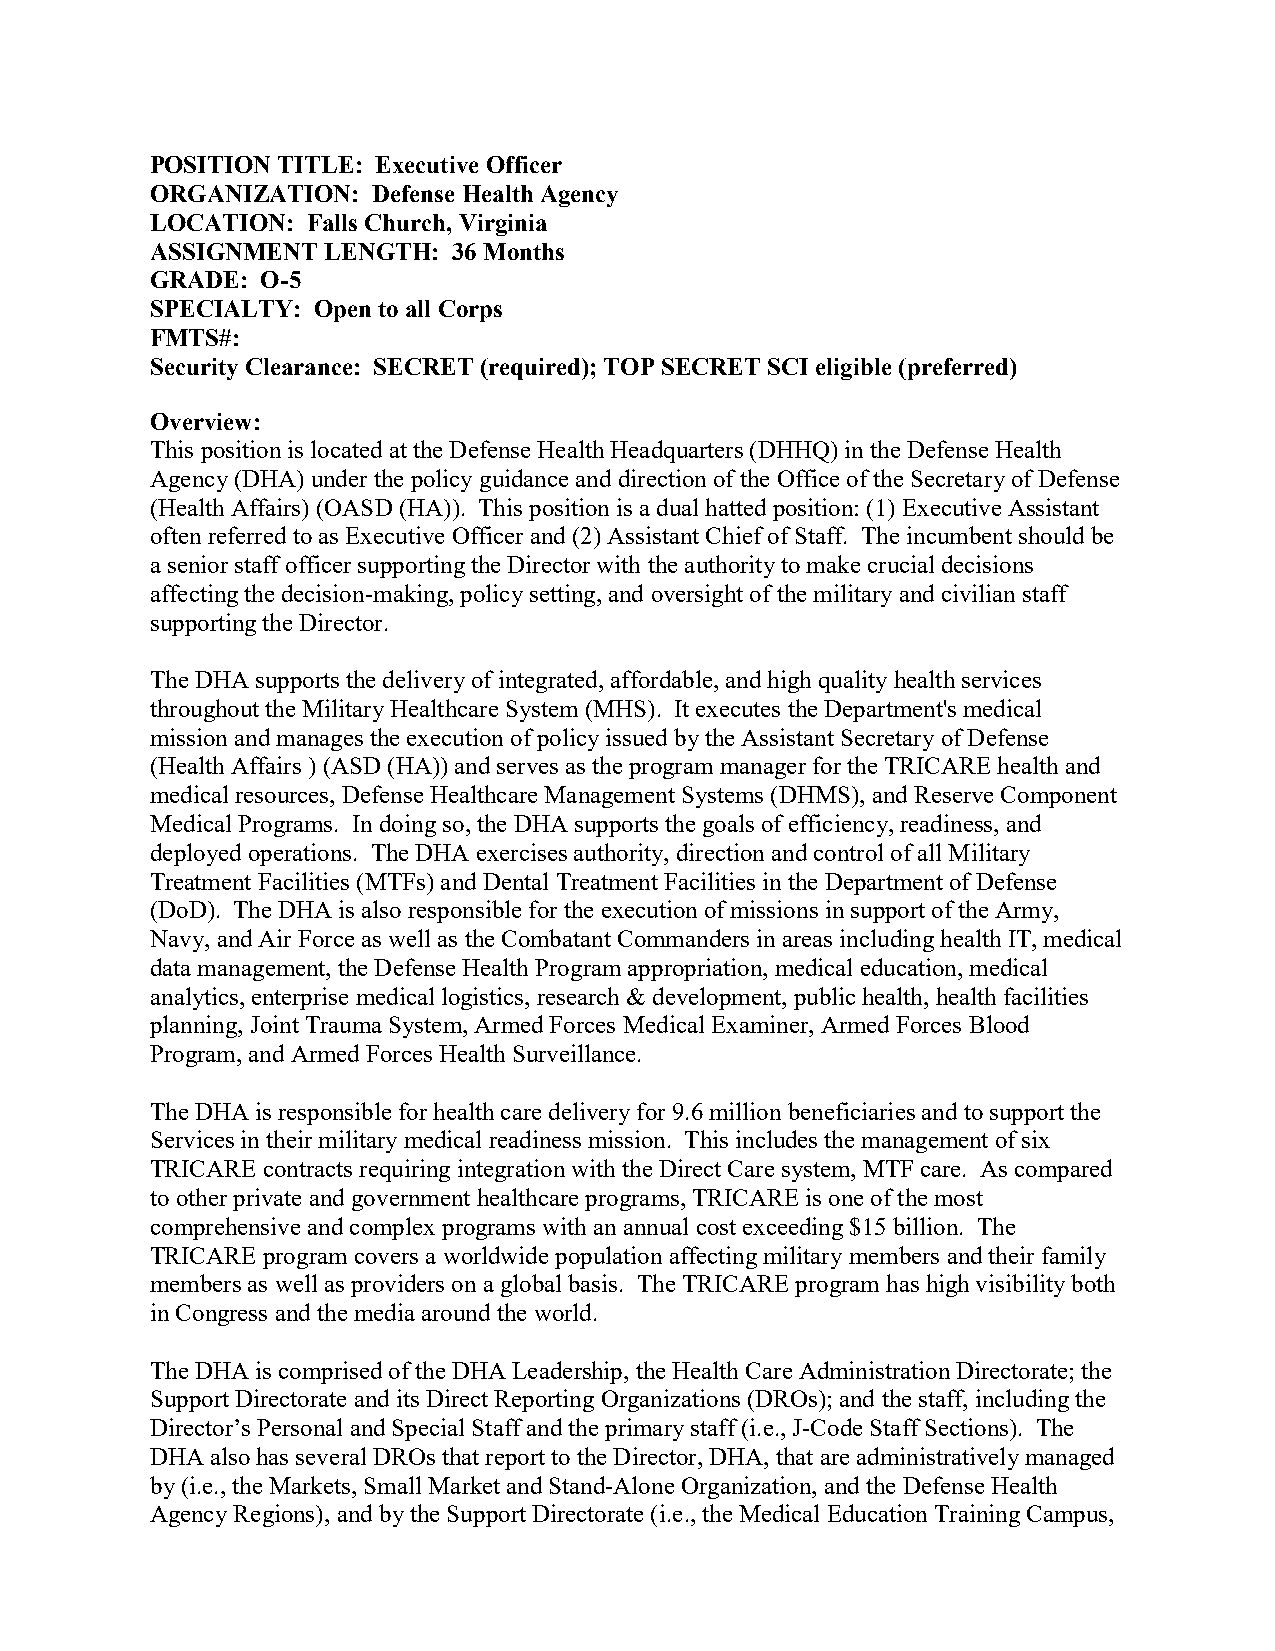
POSITION TITLE: Executive Officer
 ORGANIZATION:  Defense Health Agency
 LOCATION: Falls Church, Virginia
 ASSIGNMENT LENGTH:  36 Months
 GRADE: O-5
 SPECIALTY: Open to all Corps
 FMTS#:
 Security Clearance: SECRET (required); TOP SECRET SCI eligible (preferred)
 Overview:
 This position is located at the Defense Health Headquarters (DHHQ) in the Defense Health
 Agency (DHA) under the policy guidance and direction of the Office of the Secretary of Defense
 (Health Affairs) (OASD (HA)). This position is a dual hatted position: (1) Executive Assistant
 often referred to as Executive Officer and (2) Assistant Chief of Staff. The incumbent should be
 a senior staff officer supporting the Director with the authority to make crucial decisions
 affecting the decision-making, policy setting, and oversight of the military and civilian staff
 supporting the Director.
 The DHA supports the delivery of integrated, affordable, and high quality health services
 throughout the Military Healthcare System (MHS). It executes the Department's medical
 mission and manages the execution of policy issued by the Assistant Secretary of Defense
 (Health Affairs ) (ASD (HA))and serves as the program manager for the TRICARE health and
 medical resources, Defense Healthcare Management Systems (DHMS), and Reserve Component
 Medical Programs. In doing so, the DHA supports the goals of efficiency, readiness, and
 deployed operations. The DHA exercises authority, direction and control of all Military
 Treatment Facilities (MTFs) and Dental Treatment Facilities in the Department of Defense
 (DoD). The DHA is also responsible for the execution of missions in support of the Army,
 Navy, and Air Force as well as the Combatant Commanders in areas including health IT, medical
 data management, the Defense Health Program appropriation, medical education, medical
 analytics, enterprise medical logistics, research & development, public health, health facilities
 planning, Joint Trauma System, Armed Forces Medical Examiner, Armed Forces Blood
 Program, and Armed Forces Health Surveillance.
 The DHA is responsible for health care delivery for 9.6 million beneficiaries and to support the
 Services in their military medical readiness mission. This includes the management of six
 TRICARE contracts requiring integration with the Direct Care system, MTF care. As compared
 to other private and government healthcare programs, TRICARE is one of the most
 comprehensive and complex programs with an annual cost exceeding $15 billion. The
 TRICARE program covers a worldwide population affecting military members and their family
 members as well as providers on a global basis. The TRICARE program has high visibility both
 in Congress and the media around the world.
 The DHA is comprised of the DHA Leadership, the Health Care Administration Directorate; the
 Support Directorate and its Direct Reporting Organizations (DROs); and the staff, including the
 Director’s Personal and Special Staff and the primary staff (i.e., J-Code Staff Sections). The
 DHA also has several DROs that report to the Director, DHA, that are administratively managed
 by (i.e., the Markets, Small Market and Stand-Alone Organization, and the Defense Health
 Agency Regions), and by the Support Directorate (i.e., the Medical Education Training Campus,